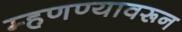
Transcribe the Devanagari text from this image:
म्हणण्यावरून